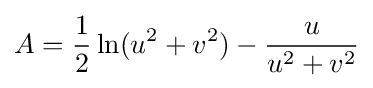
A={\frac {1}{2}}\ln(u^{2}+v^{2})-{\frac {u}{u^{2}+v^{2}}}